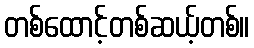
တစ်ထောင့်တစ်ဆယ့်တစ်။